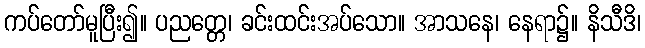
ကပ်တော်မူပြီး၍။ ပညတ္တေ၊ ခင်းထင်းအပ်သော။ အာသနေ၊ နေရာ၌။ နိသီဒိ၊